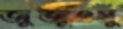
জুজুৎসু